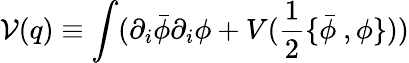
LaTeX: {\cal V}(q)\equiv\int(\partial_{i}\bar{\phi}\partial_{i}\phi+V(\frac 12\{ \bar{\phi}\ ,\phi\} ))